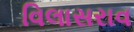
વિલાસરાવ